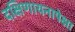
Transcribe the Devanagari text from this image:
दक्षिणायनापेक्षा